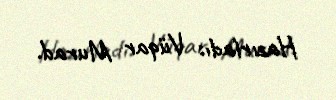
Hazırladı: Vüqar Murad.